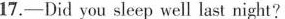
17.——Did you sleep well last night?